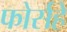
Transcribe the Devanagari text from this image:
फोर्सहे